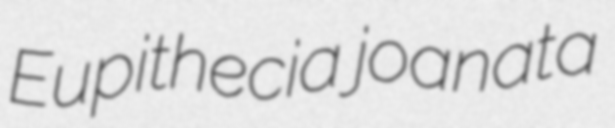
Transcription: Eupithecia joanata